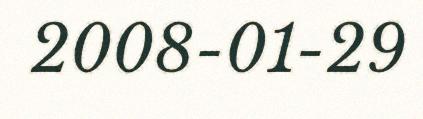
2008-01-29